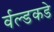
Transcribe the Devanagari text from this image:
र्वल्डकडे